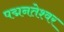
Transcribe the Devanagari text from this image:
पद्मनतेश्वर